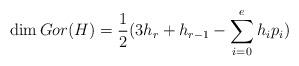
LaTeX: \begin{align*} \dim Gor(H)=\frac12(3h_r+h_{r-1}-\sum _{i=0}^eh_ip_i) \end{align*}